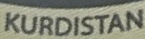
KURDISTAN